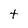
Character: t